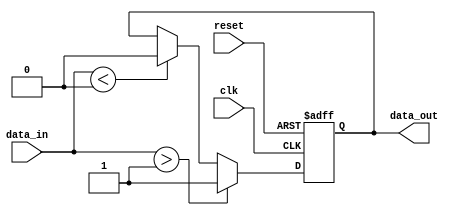
module schmitt_trigger_buffer (
    input wire clk,             // Clock signal
    input wire reset,           // Reset signal
    input wire data_in,         // Input data signal
    output reg data_out         // Output data signal
);

reg data_reg;

// Schmitt trigger parameters
parameter VT_LOW = 0;
parameter VT_HIGH = 1;

always @(posedge clk or posedge reset)
begin
    if (reset) begin
        data_reg <= 1'b0;
    end else begin
        if(data_in > VT_HIGH) begin
            data_reg <= 1'b1;
        end else if(data_in < VT_LOW) begin
            data_reg <= 1'b0;
        end
    end
end

// Output signal drive capability
assign data_out = data_reg;

endmodule